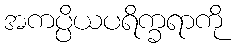
အကပ္ပိယပရိက္ခရာကို